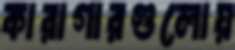
কারাগারগুলোয়